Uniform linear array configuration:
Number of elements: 16
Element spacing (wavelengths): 0.5
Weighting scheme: hann
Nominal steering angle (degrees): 60
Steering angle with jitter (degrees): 59.957
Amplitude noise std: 0.05
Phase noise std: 0.05

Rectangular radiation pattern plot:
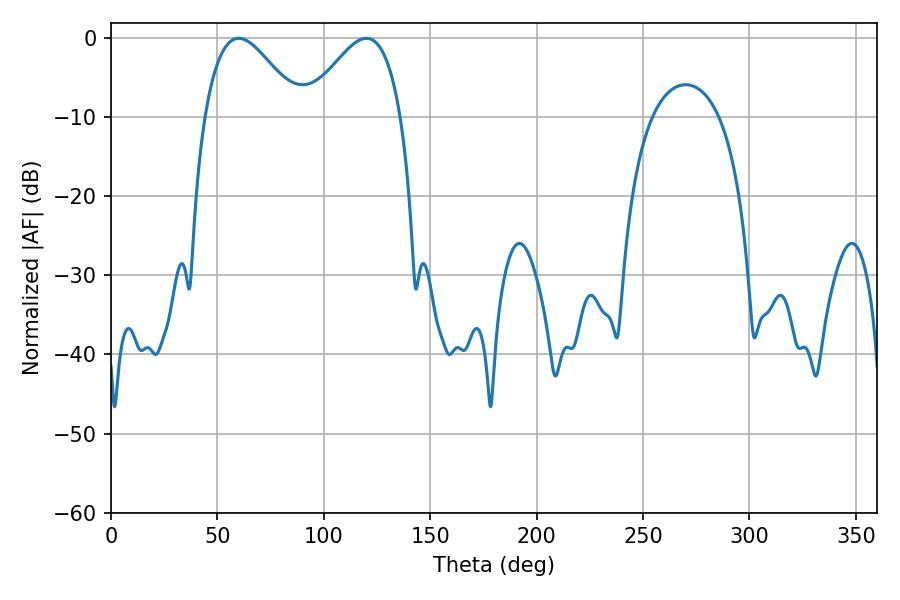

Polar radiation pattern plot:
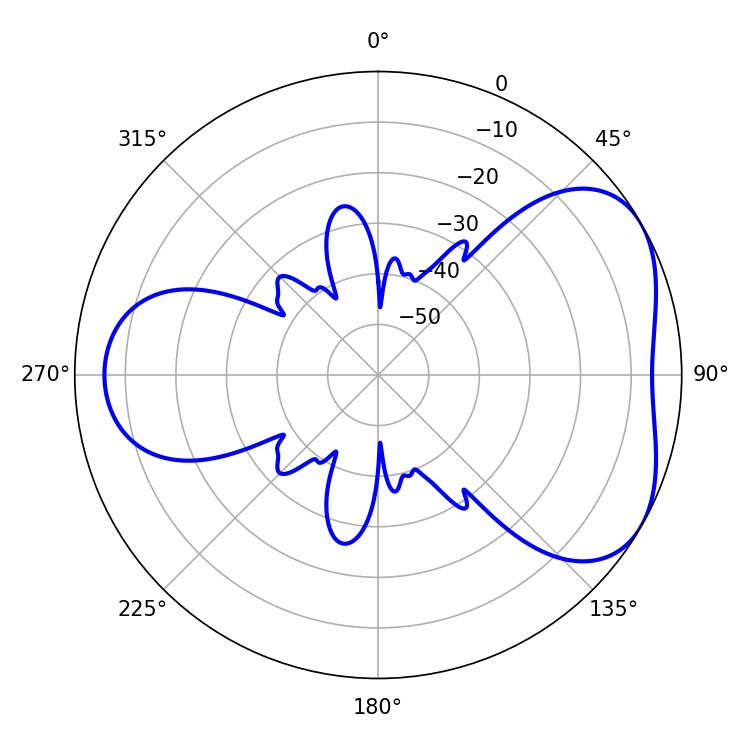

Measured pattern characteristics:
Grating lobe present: FALSE
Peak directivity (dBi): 4.58
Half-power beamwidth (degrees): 23.94
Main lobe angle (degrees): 59.94